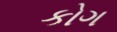
કોગ